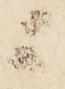
ニ